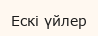
Ескі үйлер